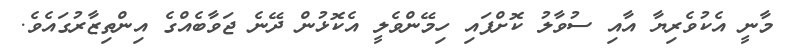
މާނީ އެކުވެރިޔާ އާއި ސުވާލު ކޮށްފައި ހިމޭންވެލީ އެކޮޅުން ދޭނެ ޖަވާބެއްގެ އިންތިޒާރުގައެވެ.